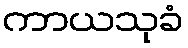
ကာယသုခံ